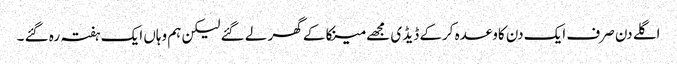
اگلے دن صرف ایک دن کاوعدہ کرکے ڈیڈ ی مجھے مینکا کے گھر لے گئے لیکن ہم وہاں ایک ہفتہ رہ گئے ۔